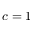
c = 1